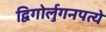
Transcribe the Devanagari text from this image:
द्विगोर्लुगनपत्ये